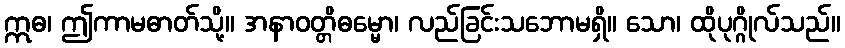
ဣဓ၊ ဤကာမဓာတ်သို့။ အနာဝတ္တိဓမ္မော၊ လည်ခြင်းသဘောမရှိ။ သော၊ ထိုပုဂ္ဂိုလ်သည်။